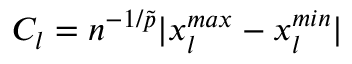
C _ { l } = n ^ { - 1 / \tilde { p } } | x _ { l } ^ { m a x } - x _ { l } ^ { m i n } |